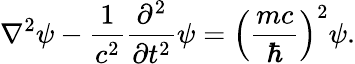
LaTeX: \mathbf{\nabla}^{2}\psi-{\frac{1}{c^{2}}}{\frac{\partial^{2}}{\partial t^{2}}}\psi=\left({\frac{mc}{\hbar}}\right)^{2}\psi.